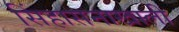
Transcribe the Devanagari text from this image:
सिंहासनाखाली